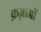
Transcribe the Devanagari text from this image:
क़ज़ाओं